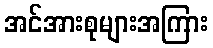
အင်အားစုများအကြား